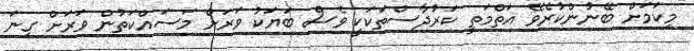
މިކަމަށް ބޭނުންކުރެވޭ އަތްމަތީ ކަރުދާސްތަކަކީ ވެސް ބަޔަކު ވަރަށް މަސައްކަތުން ވަރަށް ގިނަ